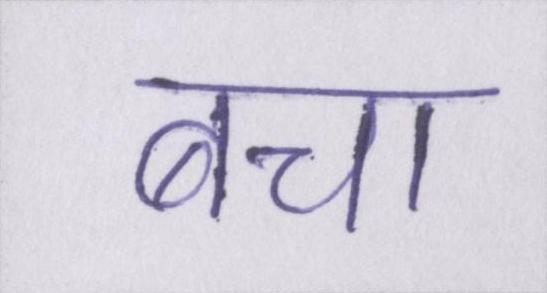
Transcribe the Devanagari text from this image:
बचा